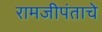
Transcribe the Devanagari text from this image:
रामजीपंताचे